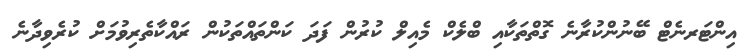
އިންޓަރނެޓް ބޭނުންކުރާނެ ގޮތްތަކާއި ބްލެކް މެއިލް ކުރުން ފަދަ ކަންތައްތަކުން ރައްކާތެރިވުމަށް ކުރެވިދާނެ